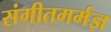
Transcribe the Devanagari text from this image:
संगीतमर्मज्ञ